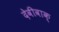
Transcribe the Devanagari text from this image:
देवीवाक्‌